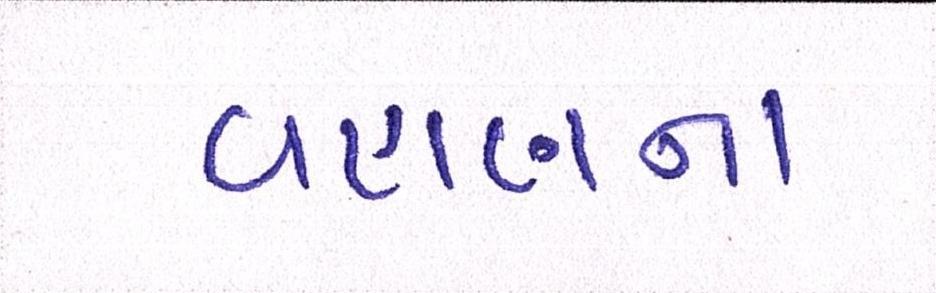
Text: વહાણના